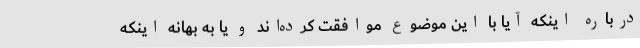
درباره اینکه آیا با این موضوع موافقت کرده‌اند و یا به بهانه اینکه